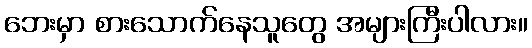
ဘေးမှာ စားသောက်နေသူတွေ အများကြီးပါလား။